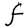
Character: F